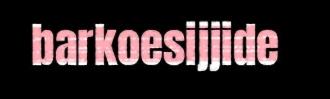
barkoesijjide